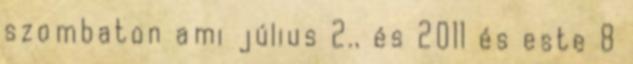
szombaton ami július 2., és 2011 és este 8